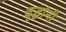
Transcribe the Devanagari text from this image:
वृद्धांनी